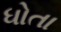
ધોતા